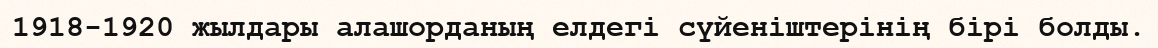
1918-1920 жылдары алашорданың елдегі сүйеніштерінің бірі болды.